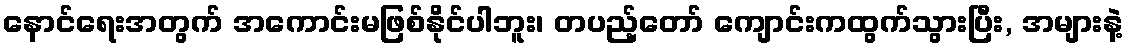
နောင်ရေးအတွက် အကောင်းမဖြစ်နိုင်ပါဘူး၊ တပည့်တော် ကျောင်းကထွက်သွားပြီး, အများနဲ့